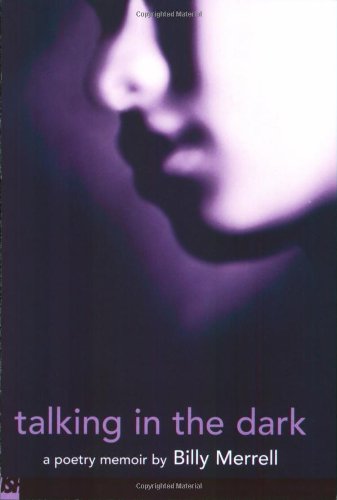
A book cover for Talking In The Dark (Push Poetry); Billy Merrell; Gay & Lesbian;